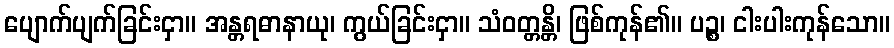
ပျောက်ပျက်ခြင်းငှာ။ အန္တရဓာနာယု၊ ကွယ်ခြင်းငှာ။ သံဝတ္တန္တိ၊ ဖြစ်ကုန်၏။ ပဉ္စ၊ ငါးပါးကုန်သော။